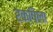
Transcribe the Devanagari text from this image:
रक्षिला